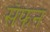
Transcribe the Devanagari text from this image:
सॅफन